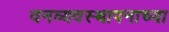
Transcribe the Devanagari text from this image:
वनव्यवस्थापनाच्या